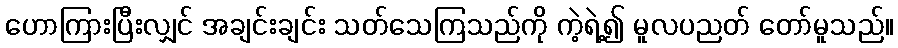
ဟောကြားပြီးလျှင် အချင်းချင်း သတ်သေကြသည်ကို ကဲ့ရဲ့၍ မူလပညတ် တော်မူသည်။